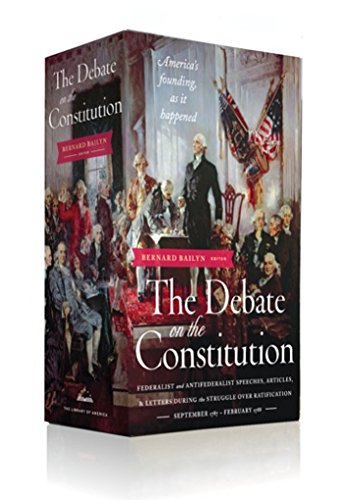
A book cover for The Debate on the Constitution: Federalist and Antifederalist Speeches, Articles (Library of America); Various; Law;